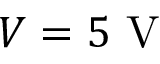
V = 5 \mathrm { ~ V ~ }